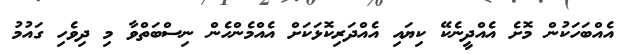
އެއްބަހަކުން މޮށެ އެއްދީނެކޭ ކިޔައި އެއްދަރިކޮޅަކަށް އެއްމެންހެން ނިސްބަތްވާ މި ދިވެހި ގައުމު